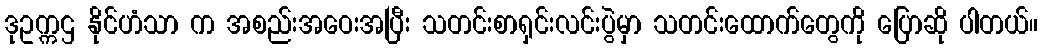
ဒုဥက္ကဌ နိုင်ဟံသာ က အစည်းအဝေးအပြီး သတင်းစာရှင်းလင်းပွဲမှာ သတင်းထောက်တွေကို ပြောဆို ပါတယ်။